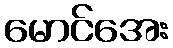
မောင်အေး